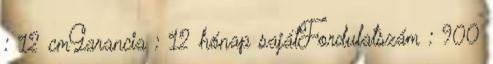
: 12 cmGarancia : 12 hónap sajátFordulatszám : 900